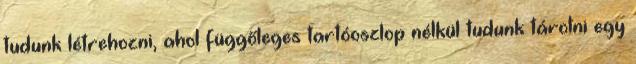
tudunk létrehozni, ahol függőleges tartóoszlop nélkül tudunk tárolni egy